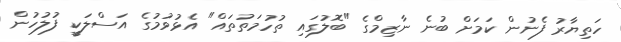
ހަތިޔާރު ފެނުން ކަމަށް ބުނެ ނާޒިމްގެ "ބޮލުގައި ތުހުމަތުތައް" އެޅުވުމުގެ އަސްލަކީ ފުލުހުން